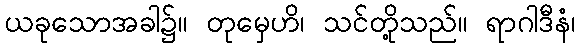
ယခုသောအခါ၌။ တုမှေဟိ၊ သင်တို့သည်။ ရာဂါဒီနံ၊